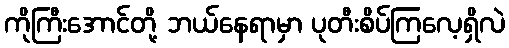
ကိုကြီးအောင်တို့ ဘယ်နေရာမှာ ပုတီးစိပ်ကြလေ့ရှိလဲ